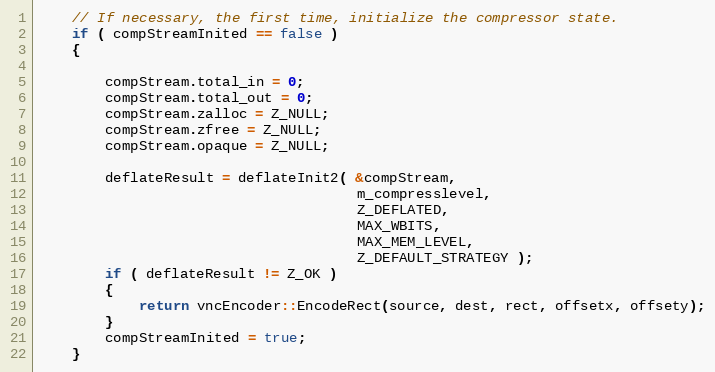
Language: C++
	// If necessary, the first time, initialize the compressor state.
	if ( compStreamInited == false )
	{

		compStream.total_in = 0;
		compStream.total_out = 0;
		compStream.zalloc = Z_NULL;
		compStream.zfree = Z_NULL;
		compStream.opaque = Z_NULL;

		deflateResult = deflateInit2( &compStream,
			                          m_compresslevel,
					                  Z_DEFLATED,
					                  MAX_WBITS,
					                  MAX_MEM_LEVEL,
					                  Z_DEFAULT_STRATEGY );
		if ( deflateResult != Z_OK )
		{
			return vncEncoder::EncodeRect(source, dest, rect, offsetx, offsety);
		}
		compStreamInited = true;
	}